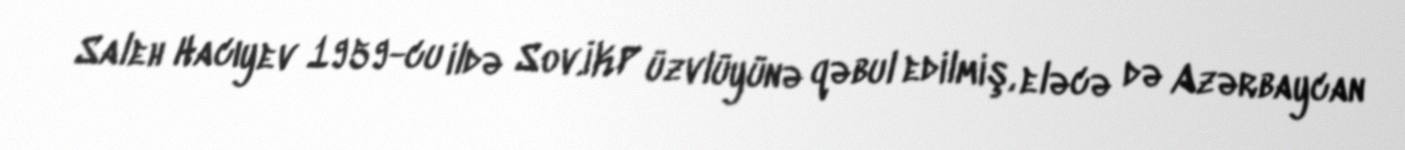
Saleh Hacıyev 1959-cu ildə Sov.İKP üzvlüyünə qəbul edilmiş, eləcə də Azərbaycan